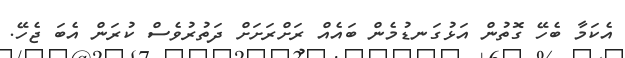
އެކަމާ ބެހޭ ގޮތުން އަޅުގަނޑުމެން ބައެއް ރަށްރަށަށް ދަތުރުވެސް ކުރަން އެބަ ޖެހޭ.